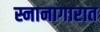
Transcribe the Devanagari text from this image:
स्नानागारात